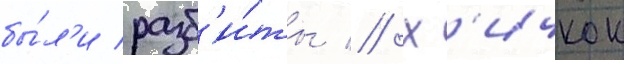
бы́л'и разб'и́ты // Х'ичкок